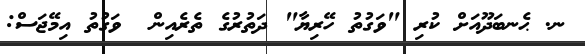
ނ. ޙެނބަދޫއަށް ކުރި "ވަގުތު ހޭރިޔާ" ދަތުރުގެ ތެރެއިން  ވަގުތު އިމޭޖަސް: